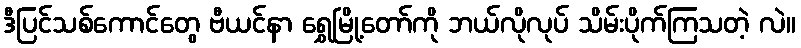
ဒီပြင်သစ်ကောင်တွေ ဗီယင်နာ ရွှေမြို့တော်ကို ဘယ်လိုလုပ် သိမ်းပိုက်ကြသတဲ့ လဲ။